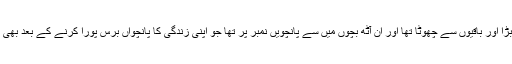
وہ چھوٹی سے بڑا اور باقیوں سے چھوٹا تھا اور ان آٹھ بچوں میں سے پانچویں نمبر پر تھا جو اپنی زندگی کا پانچواں برس پورا کرنے کے بعد بھی زندہ رہے تھے۔